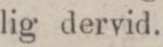
lig dervid.